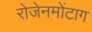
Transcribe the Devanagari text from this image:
रोजेनमोंटाग